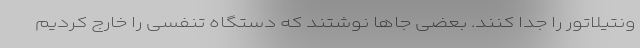
ونتیلاتور را جدا کنند. بعضی جاها نوشتند که دستگاه تنفسی را خارج کردیم